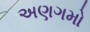
અણગમો